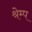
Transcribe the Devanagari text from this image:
श्रेम्प